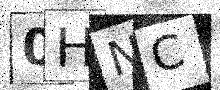
Text: 0HNC